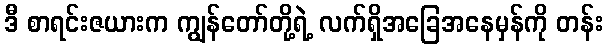
ဒီ စာရင်းဇယားက ကျွန်တော်တို့ရဲ့ လက်ရှိအခြေအနေမှန်ကို တန်း